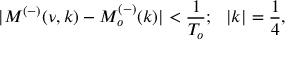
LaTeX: | M ^ { ( - ) } ( \nu , k ) - M _ { o } ^ { ( - ) } ( k ) | < \frac { 1 } { T _ { o } } ; ~ ~ | k | = \frac { 1 } { 4 } ,